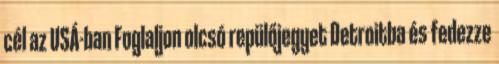
cél az USÁ-ban Foglaljon olcsó repülőjegyet Detroitba és fedezze